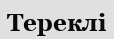
Тереклі